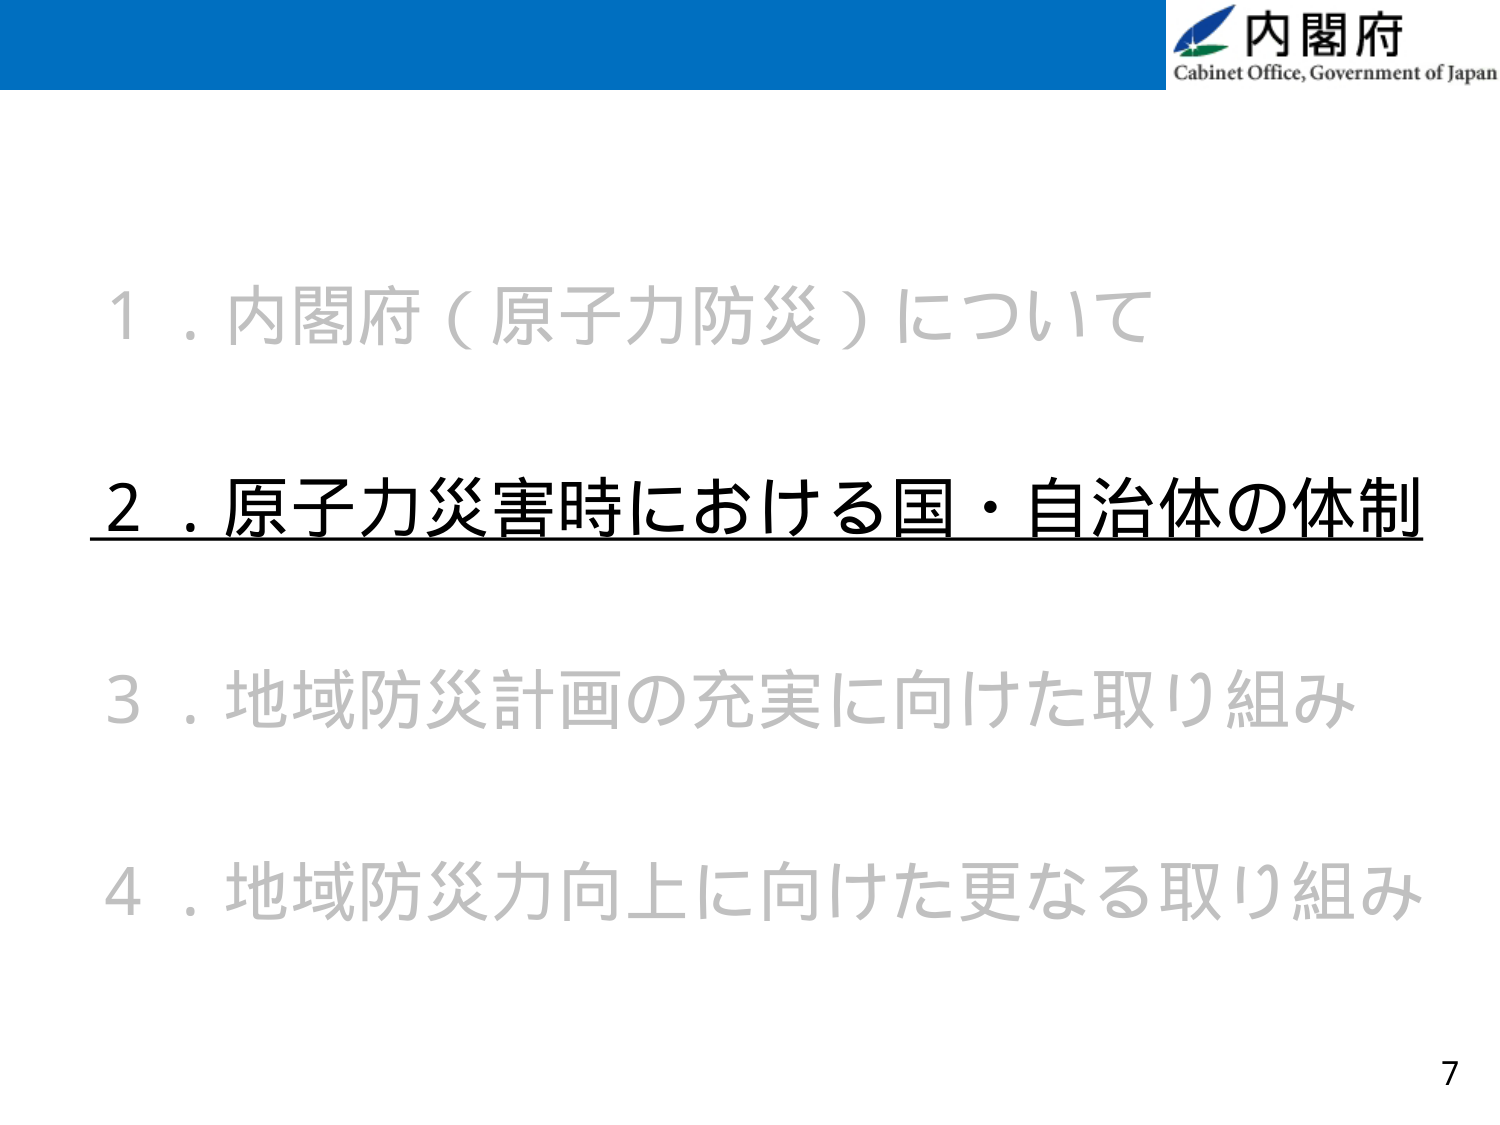
内閣府
Cabinet Office, Government of Japan

１．内閣府（原子力防災）について
２．原子力災害時における国・自治体の体制
３．地域防災計画の充実に向けた取り組み
４．地域防災力向上に向けた更なる取り組み

7